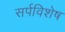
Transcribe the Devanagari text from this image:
सर्पविशेष